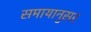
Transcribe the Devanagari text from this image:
समायानुसर